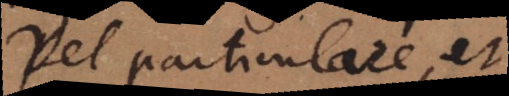
Vel particulare, et